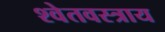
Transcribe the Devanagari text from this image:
श्वेतवस्त्राय